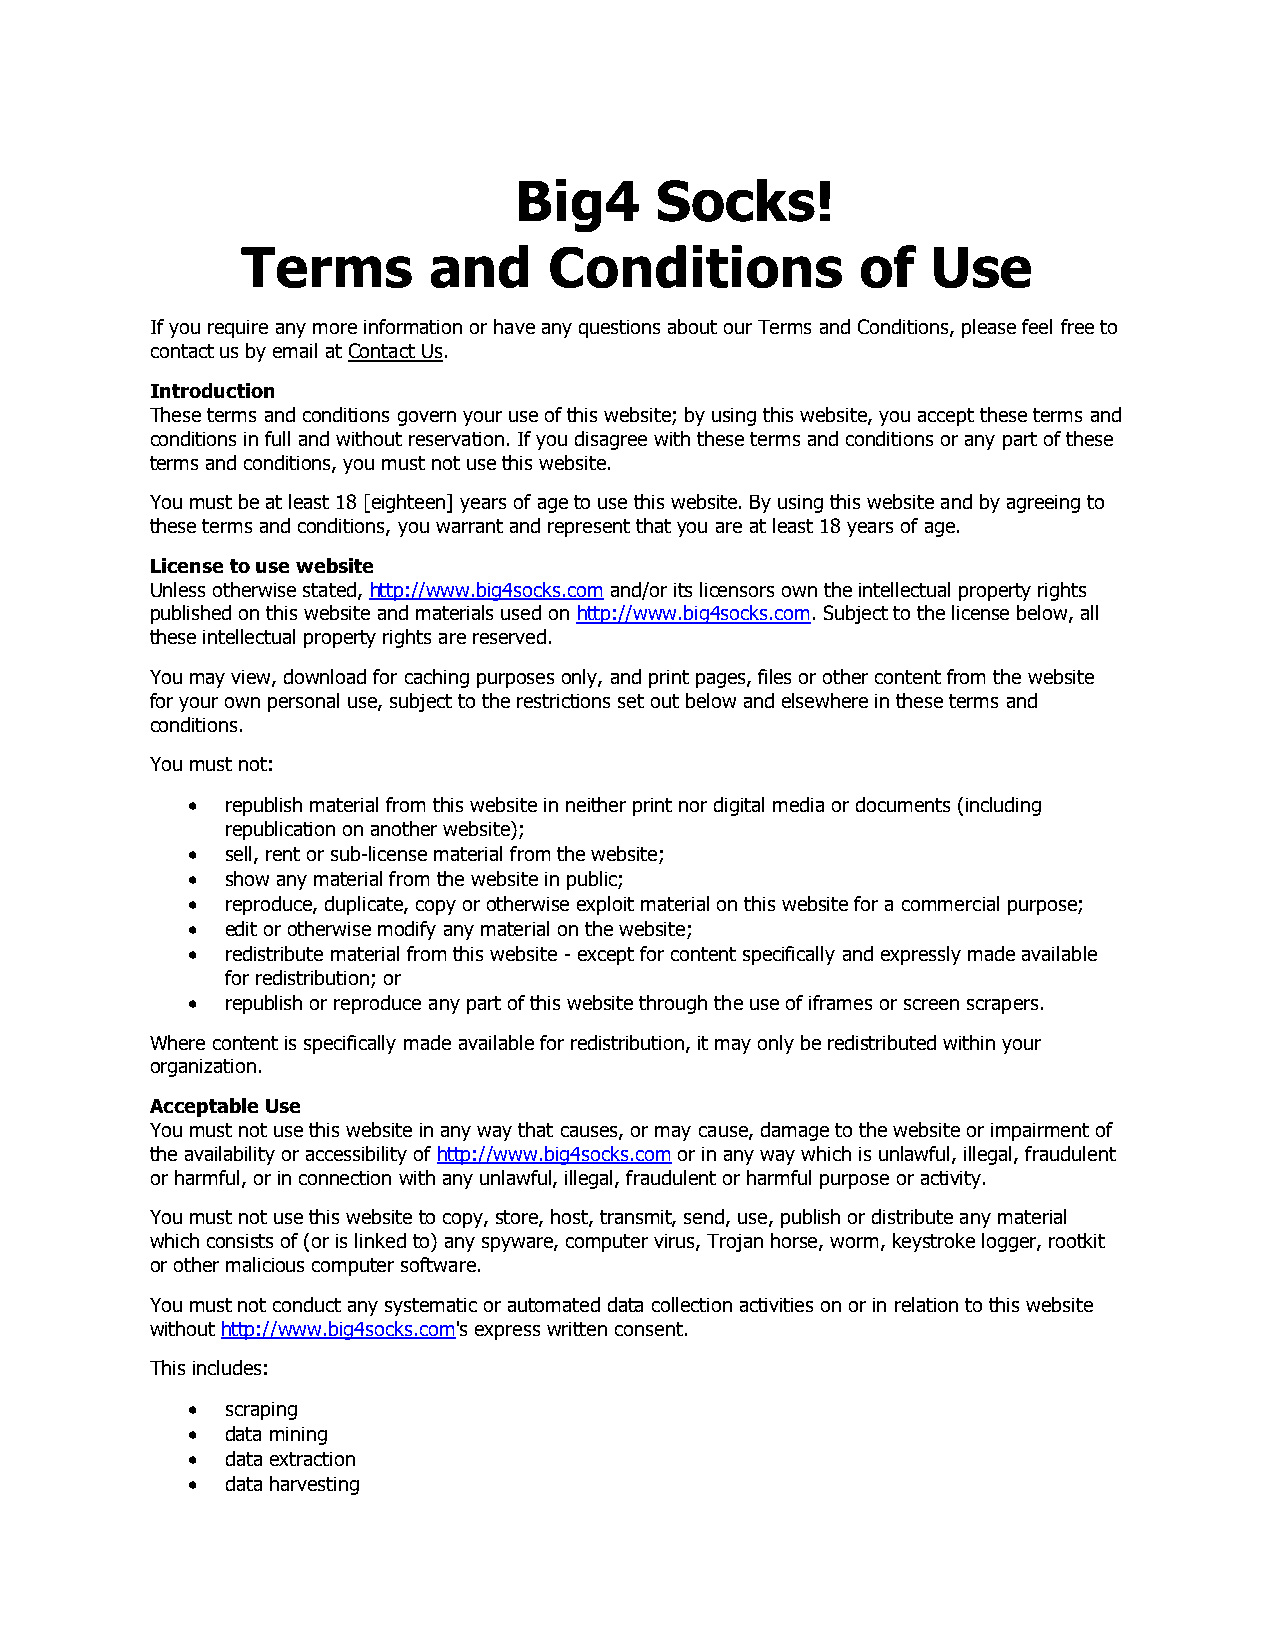
Big4     Socks!
 Terms       and     Conditions           of   Use
 If you require any more information or have any questions about our Terms and Conditions, please feel free to
 contact us by email at Contact Us.
 Introduction
 These terms and conditions govern your use of this website; by using this website, you accept these terms and
 conditions in full and without reservation. If you disagree with these terms and conditions or any part of these
 terms and conditions, you must not use this website.
 You must be at least 18 [eighteen] years of age to use this website. By using this website and by agreeing to
 these terms and conditions, you warrant and represent that you are at least 18 years of age.
 License to use website
 Unless otherwise stated, http://www.big4socks.com and/or its licensors own the intellectual property rights
 published on this website and materials used on http://www.big4socks.com. Subject to the license below, all
 these intellectual property rights are reserved.
 You may view, download for caching purposes only, and print pages, files or other content from the website
 for your own personal use, subject to the restrictions set out below and elsewhere in these terms and
 conditions.
 You must not:
   republish material from this website in neither print nor digital media or documents (including
 republication on another website);
   sell, rent or sub-license material from the website;
   show any material from the website in public;
   reproduce, duplicate, copy or otherwise exploit material on this website for a commercial purpose;
   edit or otherwise modify any material on the website;
   redistribute material from this website - except for content specifically and expressly made available
 for redistribution; or
   republish or reproduce any part of this website through the use of iframes or screen scrapers.
 Where content is specifically made available for redistribution, it may only be redistributed within your
 organization.
 Acceptable Use
 You must not use this website in any way that causes, or may cause, damage to the website or impairment of
 the availability or accessibility of http://www.big4socks.com or in any way which is unlawful, illegal, fraudulent
 or harmful, or in connection with any unlawful, illegal, fraudulent or harmful purpose or activity.
 You must not use this website to copy, store, host, transmit, send, use, publish or distribute any material
 which consists of (or is linked to) any spyware, computer virus, Trojan horse, worm, keystroke logger, rootkit
 or other malicious computer software.
 You must not conduct any systematic or automated data collection activities on or in relation to this website
 without http://www.big4socks.com's express written consent.
 This includes:
   scraping
   data mining
   data extraction
   data harvesting